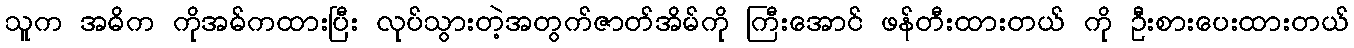
သူက အဓိက ကိုအဓ်ကထားပြီး လုပ်သွားတဲ့အတွက်ဇာတ်အိမ်ကို ကြီးအောင် ဖန်တီးထားတယ် ကို ဦးစားပေးထားတယ်